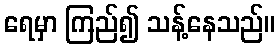
ရေမှာ ကြည်၍ သန့်နေသည်။